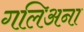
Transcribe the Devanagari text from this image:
गलिअना